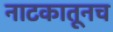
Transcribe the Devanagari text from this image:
नाटकातूनच